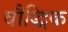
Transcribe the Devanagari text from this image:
वौद्धिक